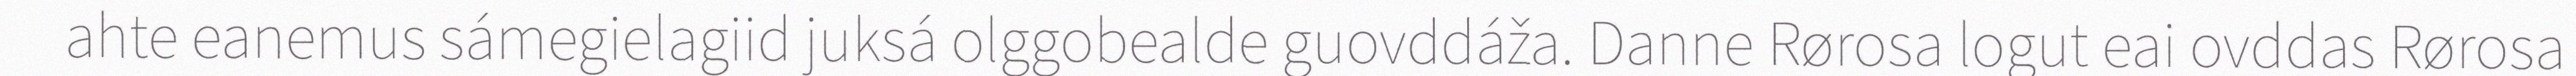
ahte eanemus sámegielagiid juksá olggobealde guovddáža. Danne Rørosa logut eai ovddas Rørosa